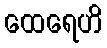
ထေရေဟိ